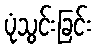
ပုံသွင်းခြင်း